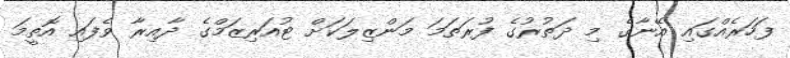
ފަހަރެއްގައި އޭނާގެ މި ދަތުރުގެ ފުރަތަމަ މަންޒިލަކަށް ޓުއަރިޒަމްގެ ދާއިރާ ވެފައި އޮތީމަ